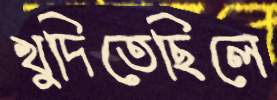
খুদিতেছিলে